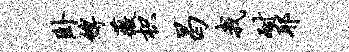
卧缚薇枳曷我耐耶